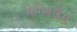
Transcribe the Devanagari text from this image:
नेग्लिजेंस